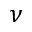
\nu